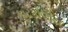
કાટકોણીય